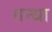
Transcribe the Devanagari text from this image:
गन्धा